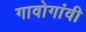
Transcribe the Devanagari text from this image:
गावोगांवी